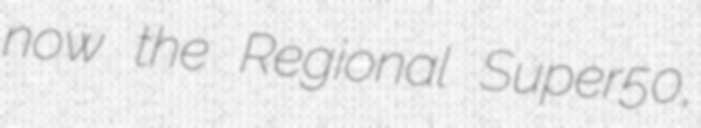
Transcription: now the Regional Super50,